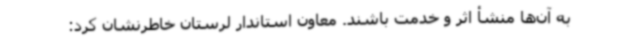
به آن‌ها منشأ اثر و خدمت باشند. معاون استاندار لرستان خاطرنشان کرد: